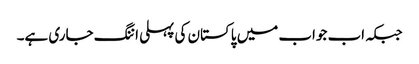
جبکہ اب جواب میں پاکستان کی پہلی اننگ جاری ہے۔